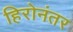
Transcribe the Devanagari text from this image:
हिरोनंतर